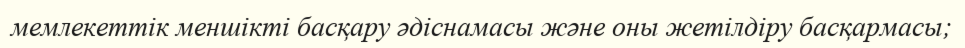
мемлекеттік меншікті басқару әдіснамасы және оны жетілдіру басқармасы;